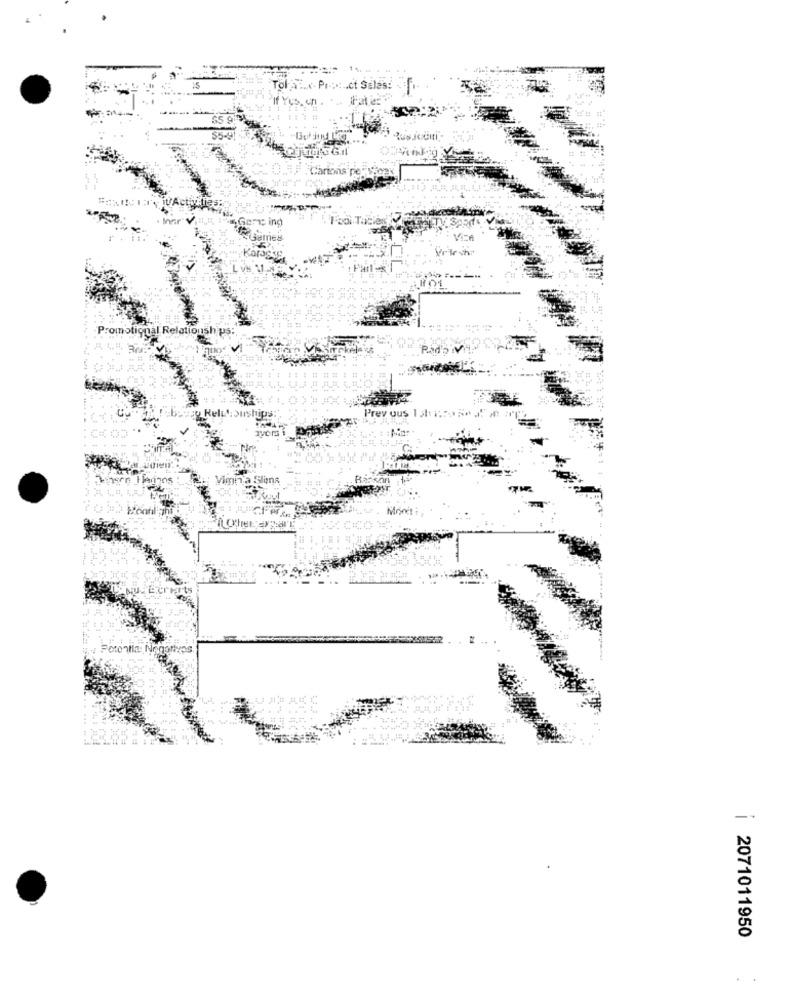
TOI
.. ct Sales:
Cartons pery.
en ing
Games
Promotional Relationships:
ey ous
Rell': ouships:
Ta Slens
Peroalla
| 2071011950